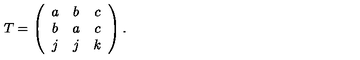
T = \left( \begin{array} { c c c } { a } & { b } & { c } \\ { b } & { a } & { c } \\ { j } & { j } & { k } \\ \end{array} \right) .